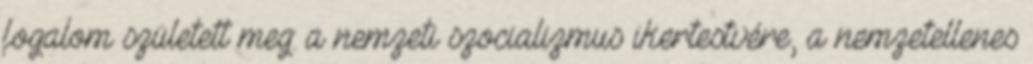
fogalom született meg: a nemzeti szocializmus ikertestvére, a nemzetellenes